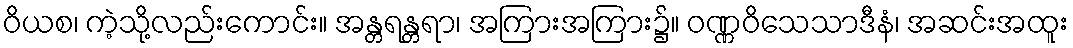
ဝိယစ၊ ကဲ့သို့လည်းကောင်း။ အန္တရန္တရာ၊ အကြားအကြား၌။ ဝဏ္ဏဝိသေသာဒီနံ၊ အဆင်းအထူး